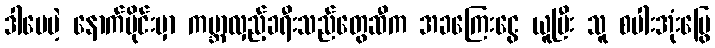
ဒါပေမဲ့ နောက်ပိုင်းမှာ ကမ္ဘာလှည့်ခရီးသည်တွေဆီက အခကြေးငွေ ယူပြီး သူ စပါးအုံးမြွေ